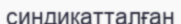
синдикатталған